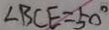
\angle B C E = 5 0 ^ { \circ }